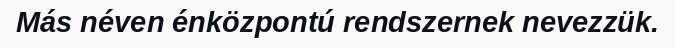
Más néven énközpontú rendszernek nevezzük.